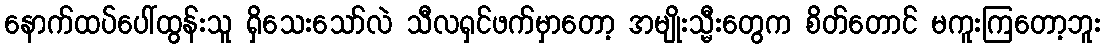
နောက်ထပ်ပေါ်ထွန်းသူ ရှိသေးသော်လဲ သီလရှင်ဖက်မှာတော့ အမျိုးသ္မီးတွေက စိတ်တောင် မကူးကြတော့ဘူး